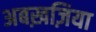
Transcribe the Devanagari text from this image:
अबख़ज़िया